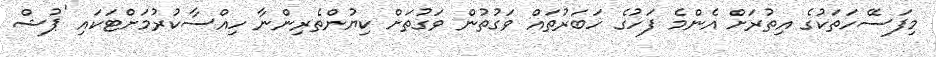
މިފަސޭހަތަކުގެ އިތުރަށް އެންމެ ފަހުގެ ހަބަރުތައް ވަގުތުން ވަގުތަށް ކިޔުންތެރިންނާ ހިއްސާކުރުމަށްޓަކައި 'ޕުޝް